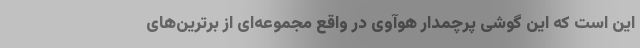
این است که این گوشی پرچمدار هوآوی در واقع مجموعه‌ای از برترین‌های